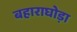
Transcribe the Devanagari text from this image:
बहाराघोड़ा